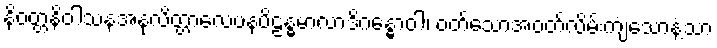
နိဝတ္တနိဝါသနအနုလိတ္တာလေပနပိဠန္ဓမာလာဒိဂန္ဓောဝါ၊ ဝတ်သောအဝတ်လိမ်းကျံသောနံ့သာ